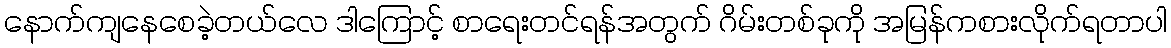
နောက်ကျနေစေခဲ့တယ်လေ ဒါကြောင့် စာရေးတင်ရန်အတွက် ဂိမ်းတစ်ခုကို အမြန်ကစားလိုက်ရတာပါ